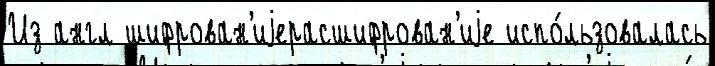
Из англ шифрован'иjерасшифрован'иjе испо́льзовалась